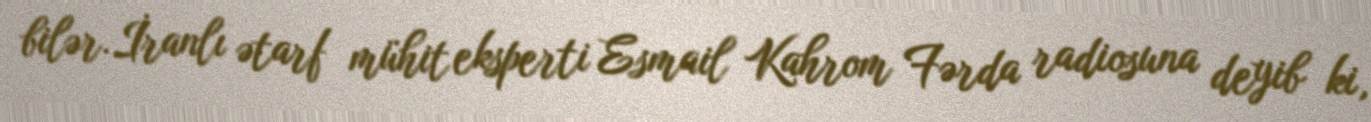
bilər.İranlı ətarf mühit eksperti Esmail Kahrom Fərda radiosuna deyib ki,